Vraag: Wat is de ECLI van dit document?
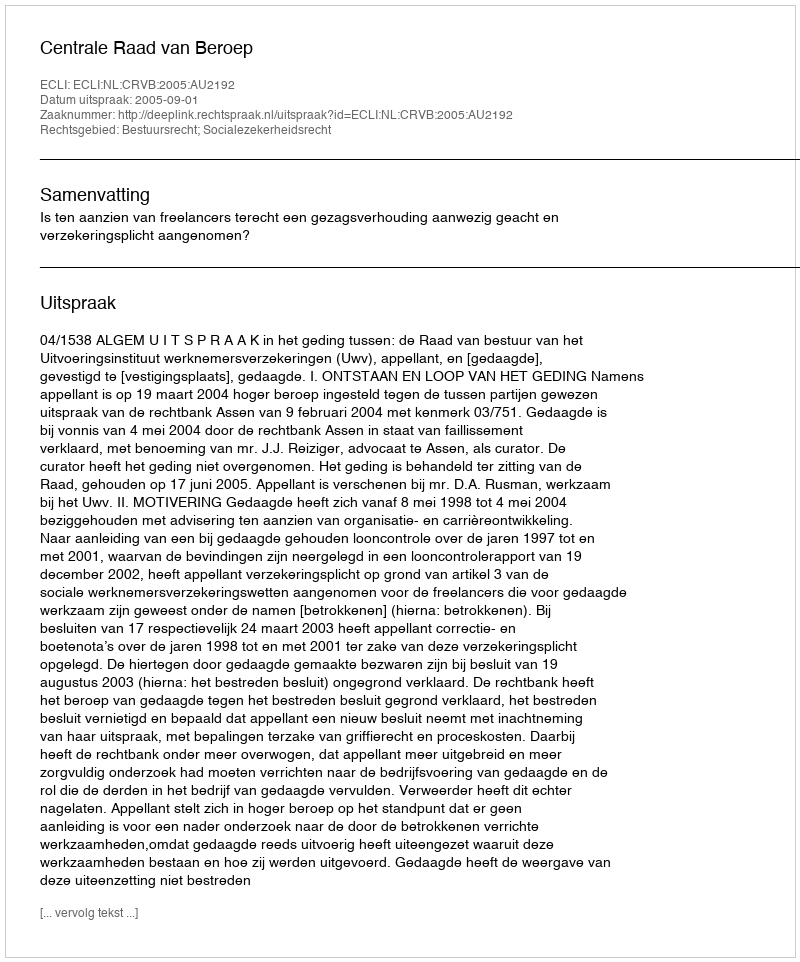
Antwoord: ECLI:NL:CRVB:2005:AU2192